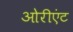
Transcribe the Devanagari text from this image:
ओरीएंट